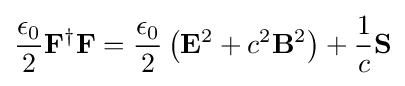
{\frac {\epsilon _{0}}{2}}\mathbf {F} ^{\dagger }\mathbf {F} ={\frac {\epsilon _{0}}{2}}\left(\mathbf {E} ^{2}+c^{2}\mathbf {B} ^{2}\right)+{\frac {1}{c}}\mathbf {S}